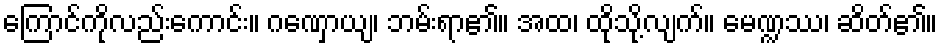
ကြောင်ကိုလည်းကောင်း။ ဂဏှောယျ၊ ဘမ်းရာ၏။ အထ၊ ထိုသို့လျက်။ မေဏ္ဍဿ၊ ဆိတ်၏။